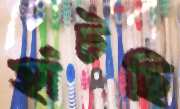
হাঁটছি